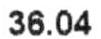
36.04